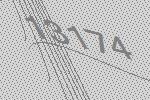
13174